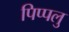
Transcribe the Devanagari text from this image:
पिप्पलु